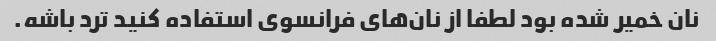
نان خمیر شده بود لطفا از نان‌های فرانسوی استفاده کنید ترد باشه.